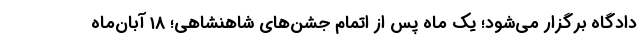
دادگاه برگزار می‌شود؛ یک ماه پس از اتمام جشن‌های شاهنشاهی؛ ۱۸ آبان‌ماه